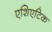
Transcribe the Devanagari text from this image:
एशिएटिक